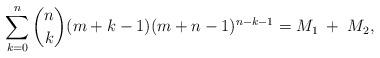
LaTeX: \begin{align*}\sum_{k=0}^n {n \choose k}(m+k-1)(m+n-1)^{n-k-1}= M_1\;+\;M_2,\end{align*}